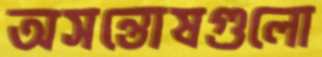
অসন্তোষগুলো